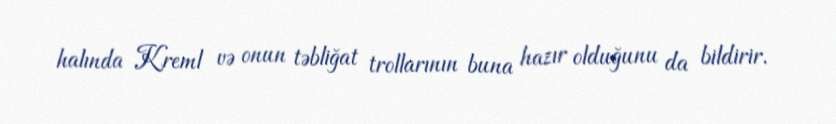
halında Kreml və onun təbliğat trollarının buna hazır olduğunu da bildirir.